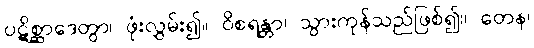
ပဋိစ္ဆာဒေတွာ၊ ဖုံးလွှမ်း၍။ ဝိစရန္တာ၊ သွားကုန်သည်ဖြစ်၍။ တေန၊